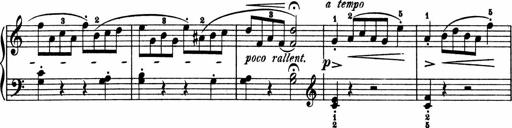
Title: 2 Sonatinen
Composer: Lambertus Adrianus van Tetterode